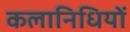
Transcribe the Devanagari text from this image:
कलानिधियों